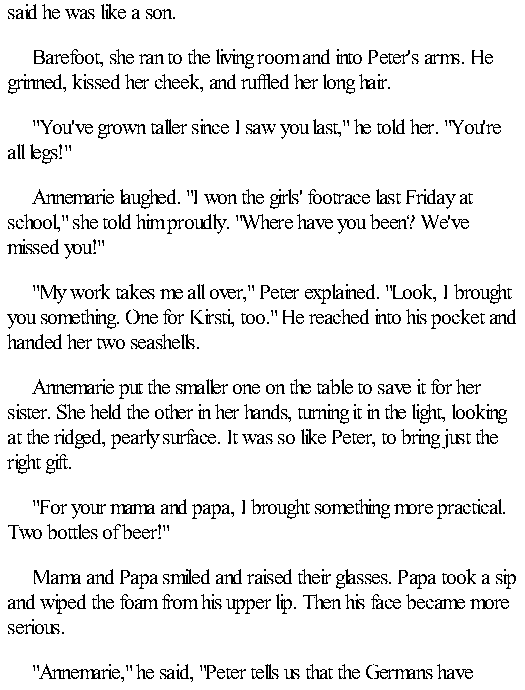
said he was like a son.
 Barefoot, she ran to the living room and into Peter's arms. He
 grinned, kissed her cheek, and ruffled her long hair.
 "You've grown taller since I saw you last," he told her. "You're
 all legs!"
 Annemarie laughed. "I won the girls' footrace last Friday at
 school," she told him proudly. "Where have you been? We've
 missed you!"
 "My work takes me all over," Peter explained. "Look, I brought
 you something. One for Kirsti, too." He reached into his pocket and
 handed her two seashells.
 Annemarie put the smaller one on the table to save it for her
 sister. She held the other in her hands, turning it in the light, looking
 at the ridged, pearly surface. It was so like Peter, to bring just the
 right gift.
 "For your mama and papa, I brought something more practical.
 Two bottles of beer!"
 Mama and Papa smiled and raised their glasses. Papa took a sip
 and wiped the foam from his upper lip. Then his face became more
 serious.
 "Annemarie," he said, "Peter tells us that the Germans have